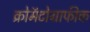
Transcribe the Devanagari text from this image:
क्रोमॅटोग्राफीक